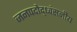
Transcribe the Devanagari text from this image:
जनपदोद्ध्वंसनीय